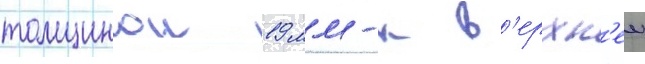
толщинои 19 мм-к в'ерхн'еи